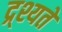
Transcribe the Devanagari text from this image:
द्र्श्यते